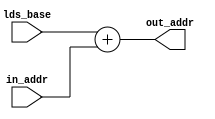
// This program was cloned from: https://github.com/VerticalResearchGroup/miaow
// License: BSD 3-Clause "New" or "Revised" License

module ds_addr_calc (
 lds_base,
 in_addr,
 out_addr
);

input [15:0] lds_base;
input [31:0] in_addr;
output [31:0] out_addr;

assign out_addr = {16'b0,lds_base} + in_addr;

endmodule